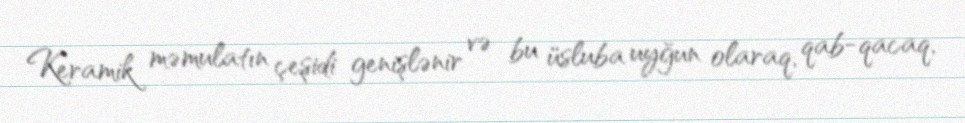
Keramik məmulatın çeşidi genişlənir və bu üsluba uyğun olaraq, qab-qacaq,